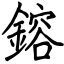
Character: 鎔